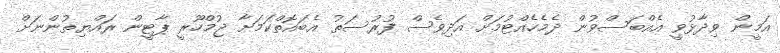
އަމީން ވިދާޅުވީ އެއްބަސްވުން ދެމެހެއްޓުމަށް އަދިވެސް ފުރުސަތު އެބައޮތްކަމަށާ ޖުމްހޫރީ ޕާޓީން ރައްޔިތުންނަށް